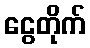
ငွေတိုက်